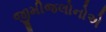
જીમીજલોનોએ